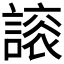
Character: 𧫀